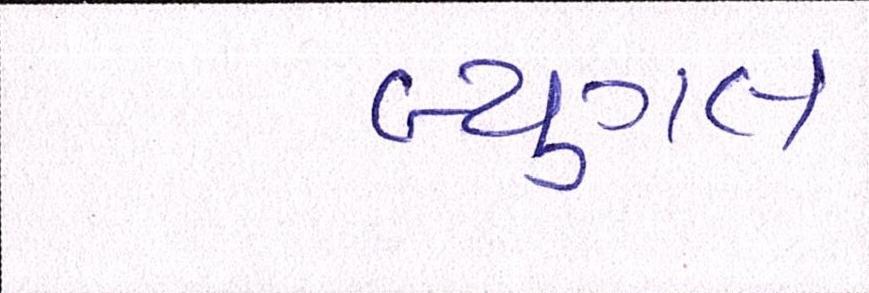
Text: બ્યુગલ